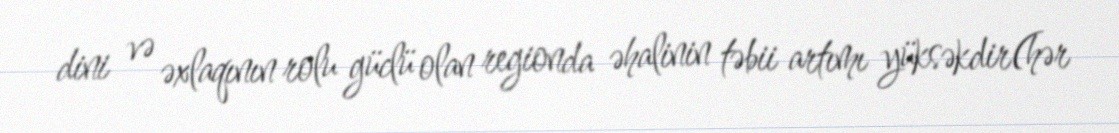
dini və əxlaqının rolu güclü olan regionda əhalinin təbii artımı yüksəkdir(hər